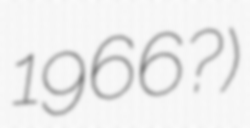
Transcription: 1966?)